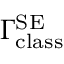
\Gamma _ { \mathrm { c l a s s } } ^ { \mathrm { S E } }